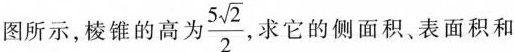
图所示，棱锥的高为 $$\frac { 5 \sqrt { 2 } } { 2 }$$ 求它的侧面积、表面积和